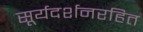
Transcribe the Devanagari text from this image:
सूर्यदर्शनरहित